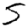
Digit: 5